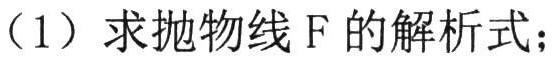
（1）求抛物线\(F\)的解析式；